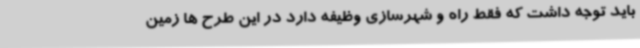
باید توجه داشت که فقط راه و شهرسازی وظیفه دارد در این طرح ها زمین